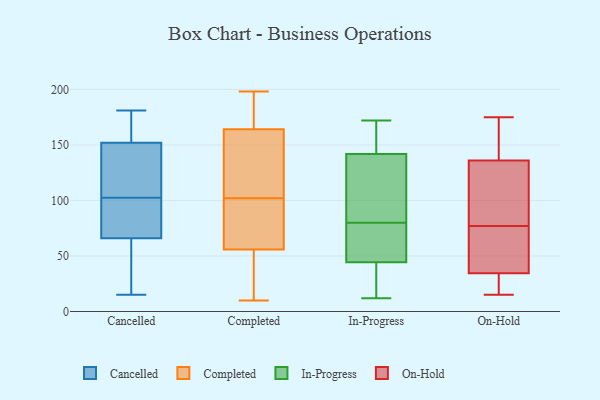
{"axis": {"x": "Revenue (USD Million)", "y": "Value"}, "legend": ["Cancelled", "Completed", "In-Progress", "On-Hold"], "data": [{"x": "", "y": 18, "type": "Cancelled"}, {"x": "", "y": 65, "type": "Cancelled"}, {"x": "", "y": 181, "type": "Cancelled"}, {"x": "", "y": 158, "type": "Cancelled"}, {"x": "", "y": 168, "type": "Cancelled"}, {"x": "", "y": 51, "type": "Cancelled"}, {"x": "", "y": 67, "type": "Cancelled"}, {"x": "", "y": 131, "type": "Cancelled"}, {"x": "", "y": 131, "type": "Cancelled"}, {"x": "", "y": 160, "type": "Cancelled"}, {"x": "", "y": 146, "type": "Cancelled"}, {"x": "", "y": 89, "type": "Cancelled"}, {"x": "", "y": 96, "type": "Cancelled"}, {"x": "", "y": 15, "type": "Cancelled"}, {"x": "", "y": 94, "type": "Cancelled"}, {"x": "", "y": 109, "type": "Cancelled"}, {"x": "", "y": 115, "type": "Completed"}, {"x": "", "y": 49, "type": "Completed"}, {"x": "", "y": 10, "type": "Completed"}, {"x": "", "y": 81, "type": "Completed"}, {"x": "", "y": 58, "type": "Completed"}, {"x": "", "y": 117, "type": "Completed"}, {"x": "", "y": 60, "type": "Completed"}, {"x": "", "y": 71, "type": "Completed"}, {"x": "", "y": 121, "type": "Completed"}, {"x": "", "y": 198, "type": "Completed"}, {"x": "", "y": 102, "type": "Completed"}, {"x": "", "y": 10, "type": "Completed"}, {"x": "", "y": 194, "type": "Completed"}, {"x": "", "y": 191, "type": "Completed"}, {"x": "", "y": 35, "type": "Completed"}, {"x": "", "y": 193, "type": "Completed"}, {"x": "", "y": 155, "type": "Completed"}, {"x": "", "y": 94, "type": "In-Progress"}, {"x": "", "y": 14, "type": "In-Progress"}, {"x": "", "y": 44, "type": "In-Progress"}, {"x": "", "y": 45, "type": "In-Progress"}, {"x": "", "y": 50, "type": "In-Progress"}, {"x": "", "y": 132, "type": "In-Progress"}, {"x": "", "y": 12, "type": "In-Progress"}, {"x": "", "y": 116, "type": "In-Progress"}, {"x": "", "y": 163, "type": "In-Progress"}, {"x": "", "y": 18, "type": "In-Progress"}, {"x": "", "y": 172, "type": "In-Progress"}, {"x": "", "y": 14, "type": "In-Progress"}, {"x": "", "y": 127, "type": "In-Progress"}, {"x": "", "y": 73, "type": "In-Progress"}, {"x": "", "y": 162, "type": "In-Progress"}, {"x": "", "y": 171, "type": "In-Progress"}, {"x": "", "y": 80, "type": "In-Progress"}, {"x": "", "y": 145, "type": "In-Progress"}, {"x": "", "y": 54, "type": "In-Progress"}, {"x": "", "y": 147, "type": "On-Hold"}, {"x": "", "y": 15, "type": "On-Hold"}, {"x": "", "y": 31, "type": "On-Hold"}, {"x": "", "y": 77, "type": "On-Hold"}, {"x": "", "y": 19, "type": "On-Hold"}, {"x": "", "y": 116, "type": "On-Hold"}, {"x": "", "y": 29, "type": "On-Hold"}, {"x": "", "y": 45, "type": "On-Hold"}, {"x": "", "y": 52, "type": "On-Hold"}, {"x": "", "y": 80, "type": "On-Hold"}, {"x": "", "y": 47, "type": "On-Hold"}, {"x": "", "y": 158, "type": "On-Hold"}, {"x": "", "y": 137, "type": "On-Hold"}, {"x": "", "y": 60, "type": "On-Hold"}, {"x": "", "y": 175, "type": "On-Hold"}, {"x": "", "y": 133, "type": "On-Hold"}, {"x": "", "y": 26, "type": "On-Hold"}, {"x": "", "y": 120, "type": "On-Hold"}, {"x": "", "y": 148, "type": "On-Hold"}]}